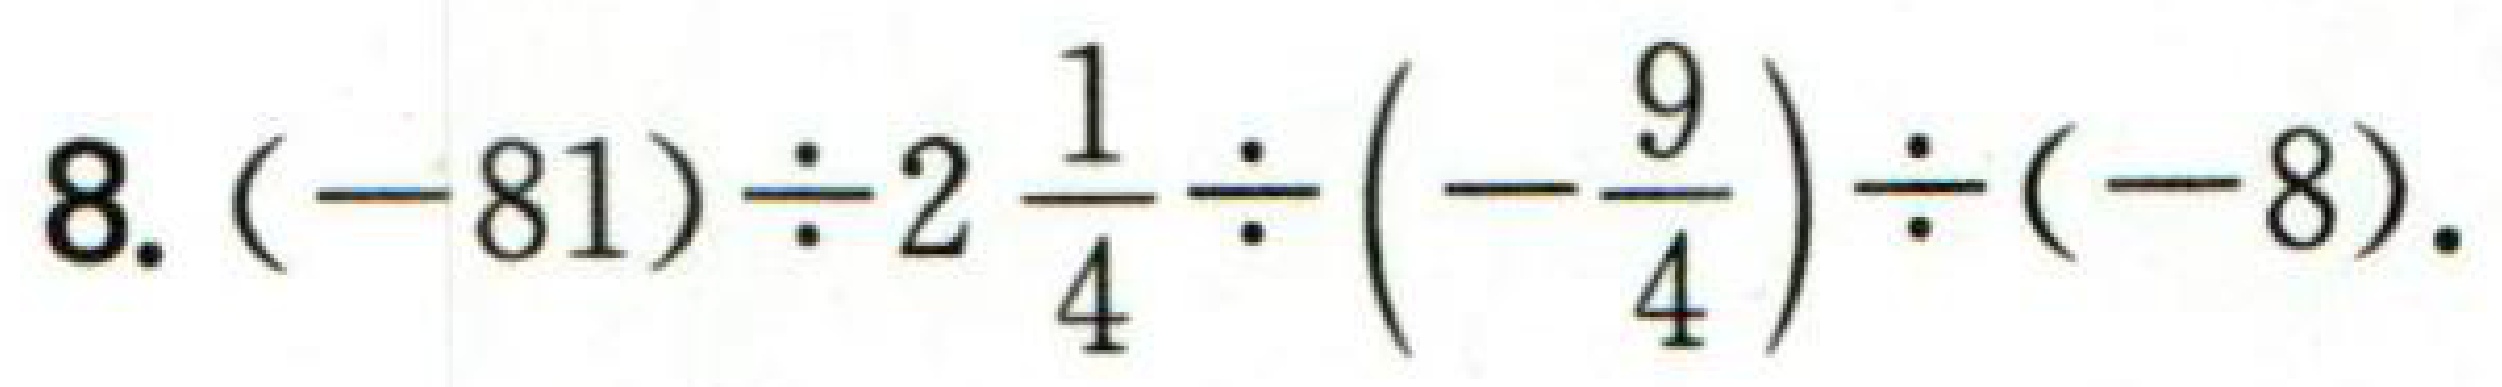
$8.(-81)\div2\frac{1}{4}\div(-\frac{9}{4})\div(-8).$